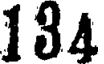
134